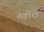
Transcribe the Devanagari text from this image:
तेक्वोंदो